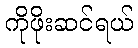
ကိုဖိုးဆင်ရယ်